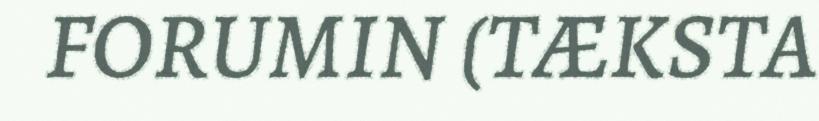
FORUMIN (TÆKSTA